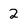
Character: 2